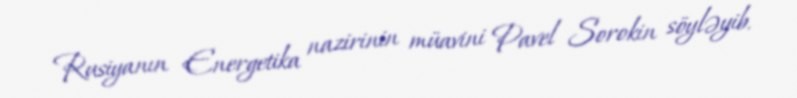
Rusiyanın Energetika nazirinin müavini Pavel Sorokin söyləyib.